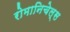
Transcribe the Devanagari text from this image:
रोमानिचेल्स